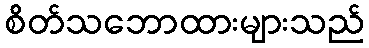
စိတ်သဘောထားများသည်